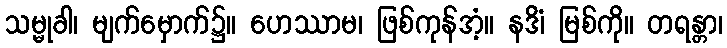
သမ္မုခါ၊ မျက်မှောက်၌။ ဟေဿာမ၊ ဖြစ်ကုန်အံ့။ နဒိံ၊ မြစ်ကို။ တရန္တာ၊